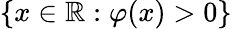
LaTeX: \{ x\in\mathbb{R}:\varphi(x)>0\}